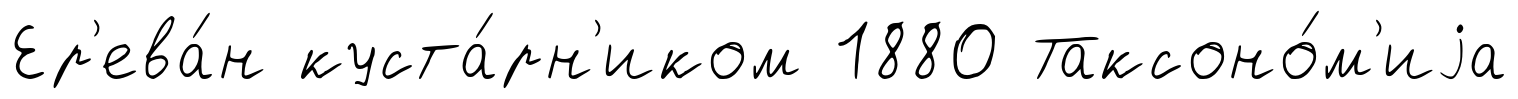
Ер'ева́н куста́рн'иком 1880 Таксоно́м'иjа